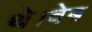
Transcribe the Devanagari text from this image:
थे।वेब